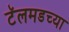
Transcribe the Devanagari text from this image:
टॅलमडच्या